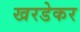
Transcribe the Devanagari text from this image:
खरडेकर